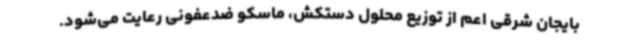
بایجان شرقی اعم از توزیع محلول دستکش، ماسکو ضدعفونی رعایت می‌شود.